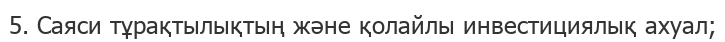
5. Саяси тұрақтылықтың және қолайлы инвестициялық ахуал;